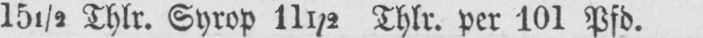
15½ Thlr. Syrop 11½ Thlr. per 101 Pfd.